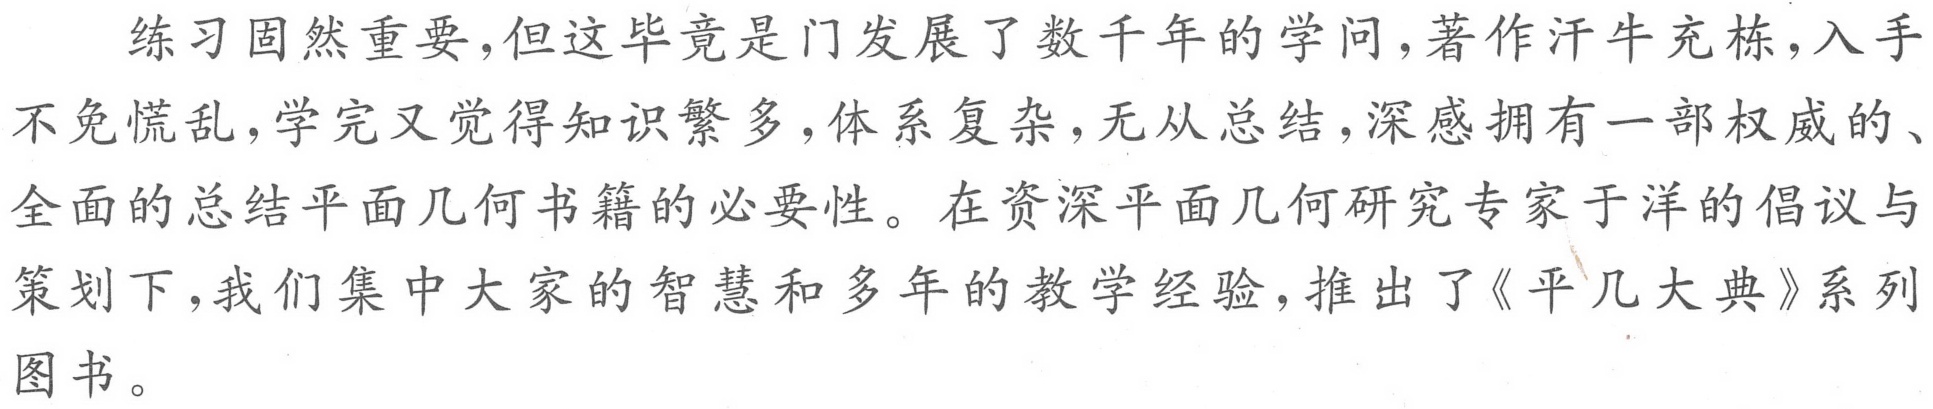
练习固然重要,但这毕竟是门发展了数千年的学问,著作汗牛充栋,入手不免慌乱,学完又觉得知识繁多,体系复杂,无从总结,深感拥有一部权威的、全面的总结平面几何书籍的必要性。在资深平面几何研究专家于洋的倡议与策划下,我们集中大家的智慧和多年的教学经验,推出了《平几大典》系列图书。